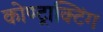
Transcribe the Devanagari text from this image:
कोण्ट्राक्टिंग